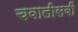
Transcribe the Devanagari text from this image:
चवालीसवीं